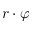
r \cdot \varphi